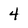
Character: 4